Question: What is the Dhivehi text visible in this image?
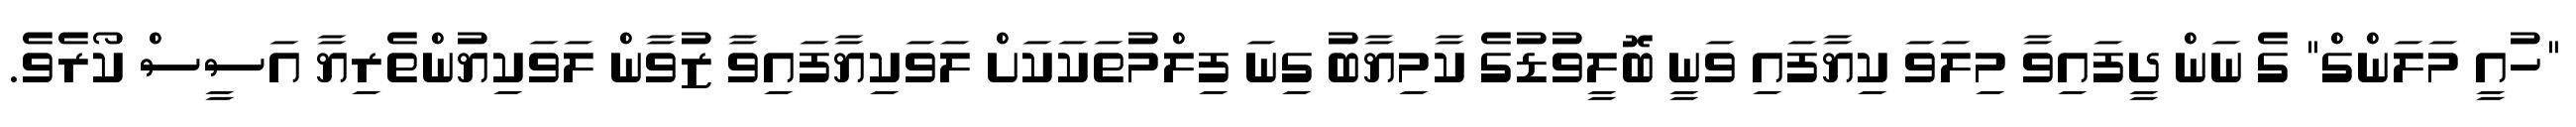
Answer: "ހުއީ މަލަންގް" ގެ ނަން ދީފައިވާ މިލަވަ ކިޔާފައި ވަނީ ބޮލީވުޑުގެ ކާމިޔާބު ގިނަ ފިލްމުތަކަކަށް ލަވަކިޔާފައިވާ ޒުވާން ލަވަކިޔުންތެރިޔާ އަސީސް ކޯރެވެ.